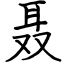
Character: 聂